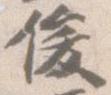
俊